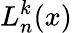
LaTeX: L_{n}^{k}(x)